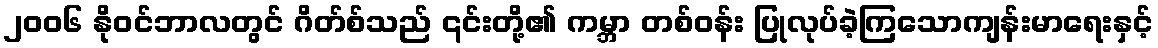
၂၀၀၆ နိုဝင်ဘာလတွင် ဂိတ်စ်သည် ၎င်းတို့၏ ကမ္ဘာ တစ်ဝန်း ပြုလုပ်ခဲ့ကြသောကျန်းမာရေးနှင့်